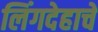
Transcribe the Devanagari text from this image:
लिंगदेहाचें